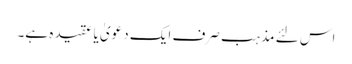
اس لئے مذہب صرف ایک دعویٰ یا عقیدہ ہے۔